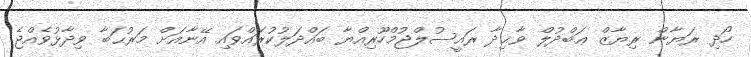
ހޯދި ރަޔާން ރިޔާޒް ޢަބްދުލް ވާޙިދާ ރައީސުލްޖުމްހޫރިއްޔާ ބައްދަލުކުރައްވައި އޭނާއަށް މަރުޙަބާ ވިދާޅުވެއްޖެ